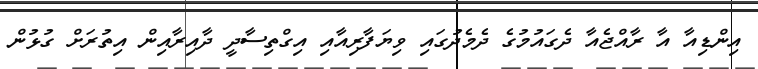
އިންޑިއާ އާ ރާއްޖެއާ ދެގައުމުގެ ދެމެދުގައި ވިޔަފާރިއާއި އިގްތިސާދީ ދާއިރާއިން އިތުރަށް ގުޅުން